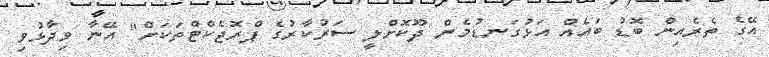
އޭގެ ތެރެއިން ބޮޑު ބައެއް އަޅުގަނޑުމެން ދޫކޮށްލީ ސަރުކާރުގެ ޕްރޮޖެކްޓްތަކަށް" އޭނާ ވިދާޅުވި